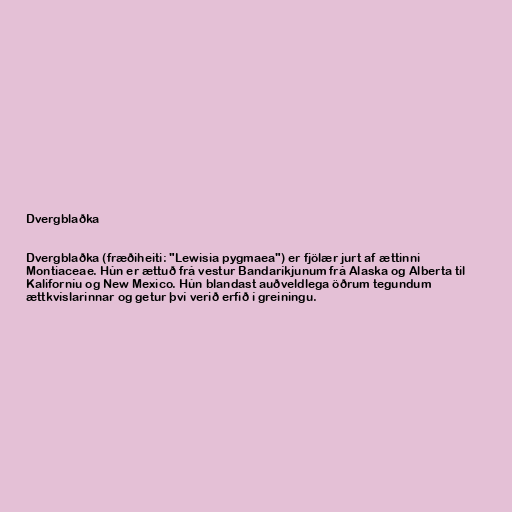
Dvergblaðka

Dvergblaðka (fræðiheiti: "Lewisia pygmaea") er fjölær jurt af ættinni
Montiaceae. Hún er ættuð frá vestur Bandaríkjunum frá Alaska og Alberta til
Kaliforníu og New Mexico. Hún blandast auðveldlega öðrum tegundum
ættkvíslarinnar og getur því verið erfið í greiningu.